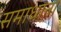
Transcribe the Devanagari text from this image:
समाधान।